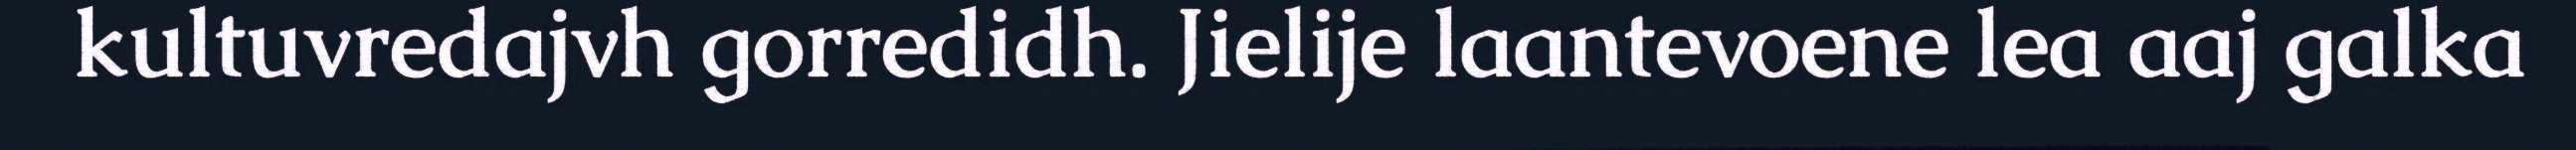
kultuvredajvh gorredidh. Jielije laantevoene lea aaj galka